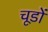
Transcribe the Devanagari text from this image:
चूडों